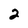
Character: 2